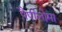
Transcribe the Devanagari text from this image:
पैपीलोमा